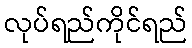
လုပ်ရည်ကိုင်ရည်